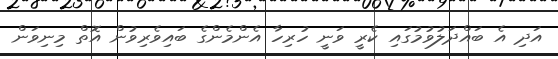
އަދި އެ ބައްދަލުވުމުގައި ކެރީ ވަނީ ހުރިހާ އެންމެންގެ ބައިވެރިވުން އޮތް މިނިވަން